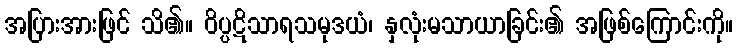
အပြားအားဖြင် သိ၏။ ဝိပ္ပဋိသာရသမုဒယံ၊ နှလုံးမသာယာခြင်း၏ အဖြစ်ကြောင်းကို။